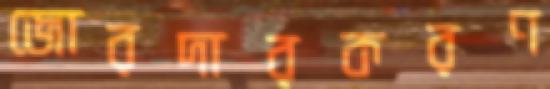
জোরদারকরণ